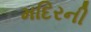
મદિરની